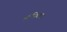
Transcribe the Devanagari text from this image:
हानिधारा